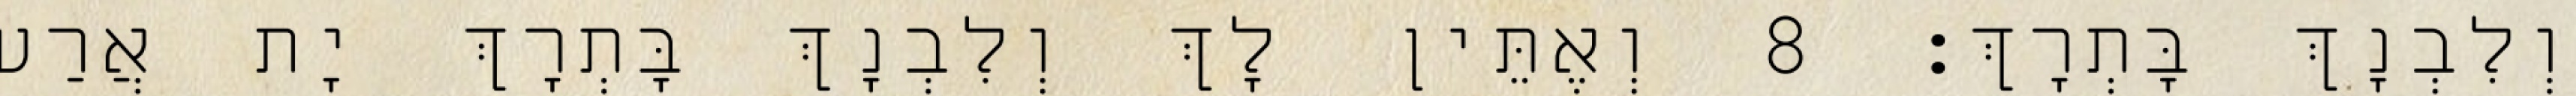
וְלִבְנָךְ בָּתְרָךְ׃ 8 וְאֶתֵּין לָךְ וְלִבְנָךְ בָּתְרָךְ יָת אֲרַע